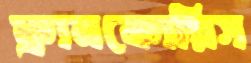
ফ্রানকোয়িস